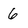
Character: 6